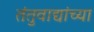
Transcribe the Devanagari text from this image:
तंतुवाद्यांच्या